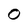
Character: 0